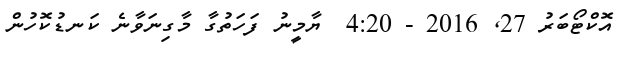
އޮކްޓޯބަރު 27